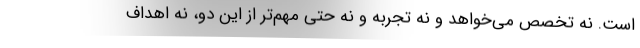
است. نه تخصص می‌خواهد و نه تجربه و نه حتی مهم‌تر از این دو، نه اهداف